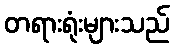
တရားရုံးများသည်